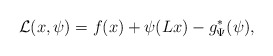
\begin{align*}\mathcal{L} (x,\psi) = f(x) + \psi(Lx) -g^*_\Psi (\psi),\end{align*}